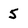
Character: 5